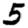
Digit: 5